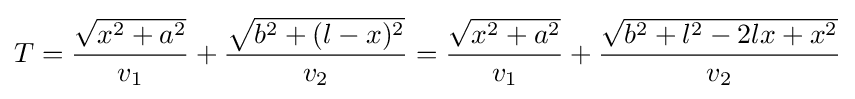
T={\frac {\sqrt {x^{2}+a^{2}}}{v_{1}}}+{\frac {\sqrt {b^{2}+(l-x)^{2}}}{v_{2}}}={\frac {\sqrt {x^{2}+a^{2}}}{v_{1}}}+{\frac {\sqrt {b^{2}+l^{2}-2lx+x^{2}}}{v_{2}}}